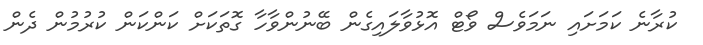
ކުރާނެ ކަމަށައި ނަމަވެސް ވޯޓް އޮޅުވާލައިގެން ބޭނުންވާހާ ގޮތަކަށް ކަންކަން ކުރުމުން ދެން